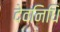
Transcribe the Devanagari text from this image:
देवनिधि